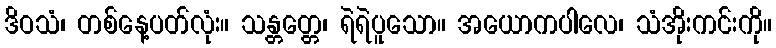
ဒိဝသံ၊ တစ်နေ့ပတ်လုံး။ သန္တတ္တေ၊ ရဲရဲပူသော။ အယောကပါလေ၊ သံအိုးကင်းကို။